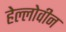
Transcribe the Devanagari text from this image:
हेल्लोवीन